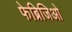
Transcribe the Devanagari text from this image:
फेब्रिजिओ